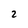
Character: 2